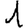
Digit: 1